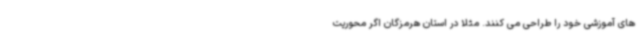
های آموزشی خود را طراحی می کنند. مثلاً در استان هرمزگان اگر محوریت